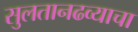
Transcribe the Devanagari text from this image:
सुलतानढव्याचा